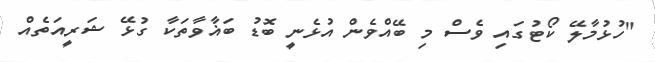
"ހުޅުމާލޭ ކޯޓުގައި ވެސް މި ބޭއްވެން އުޅެނީ ބޮޑު ބަޣާވާތަކާ ގުޅޭ ޝަރީއަތެއް